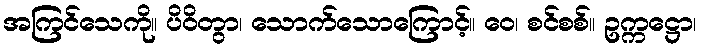
အကြင်သေကို။ ပိဝိတွာ၊ သောက်သောကြောင့်။ ဝေ၊ စင်စစ်။ ဥက္ကဋ္ဌော၊